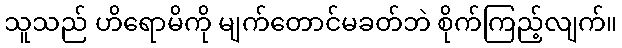
သူသည် ဟိရောမိကို မျက်တောင်မခတ်ဘဲ စိုက်ကြည့်လျက်။